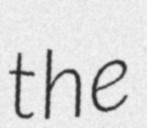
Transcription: the